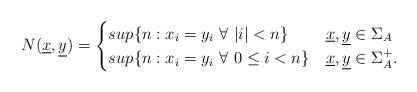
LaTeX: \begin{align*}N(\underline{x},\underline{y})=\begin{cases}sup\{n:x_i=y_i\ \forall\ |i|<n\}&\underline{x},\underline{y}\in \Sigma_A\\sup\{n:x_i=y_i\ \forall\ 0\leq i<n\}&\underline{x},\underline{y}\in \Sigma_A^+.\end{cases}\end{align*}